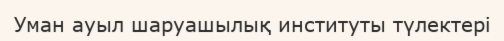
Уман ауыл шаруашылық институты түлектері